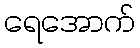
ရေအောက်